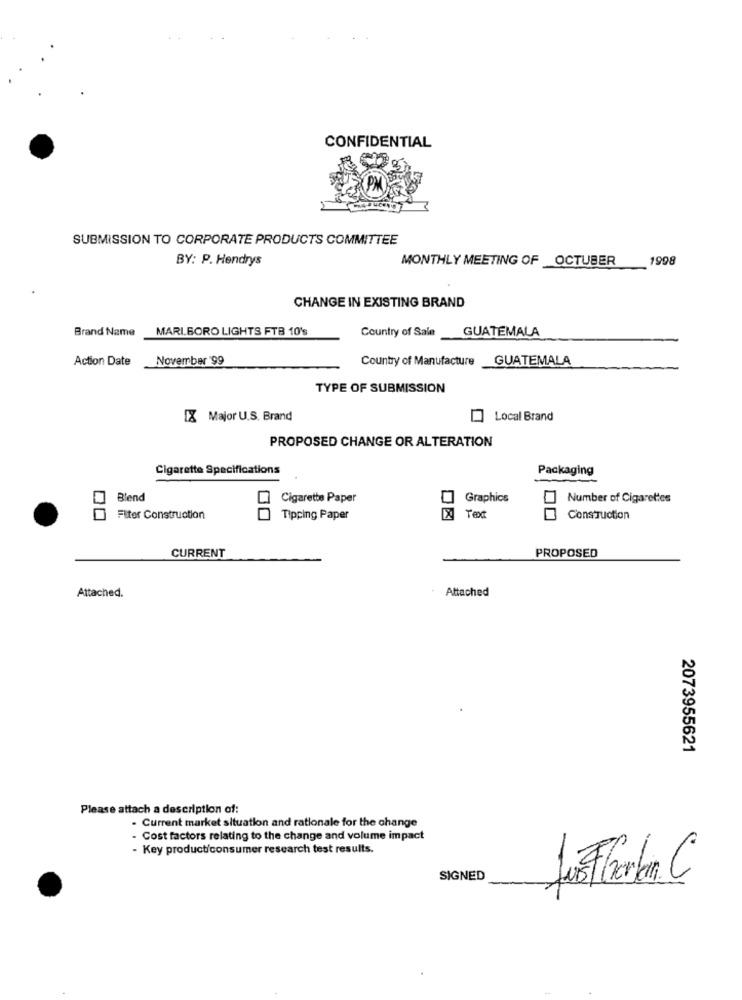
CONFIDENTIAL
SUBMISSION TO CORPORATE PRODUCTS COMMITTEE
BY: P. Hendrys
MONTHLY MEETING OF _OCTUBER
1998
CHANGE IN EXISTING BRAND
Brand Name
MARLBORO LIGHTS FTB 10's
Country of Sale
GUATEMALA
Action Date
November '99
Country of Manufacture GUATEMALA
TYPE OF SUBMISSION
IX Major U.S. Brand
Local Brand
PROPOSED CHANGE OR ALTERATION
Cigarette Specifications
Packaging
Blend
Cigarette Paper
Graphics
Number of Cigarettes
Filter Construction
00
Tipping Paper
Text
ConsTuction
CURRENT
PROPOSED
Attached.
Attached
2073955621
Please attach a description of:
- Current market situation and rationale for the change
- Cost factors relating to the change and volume impact
- Key product/consumer research test results.
SIGNED